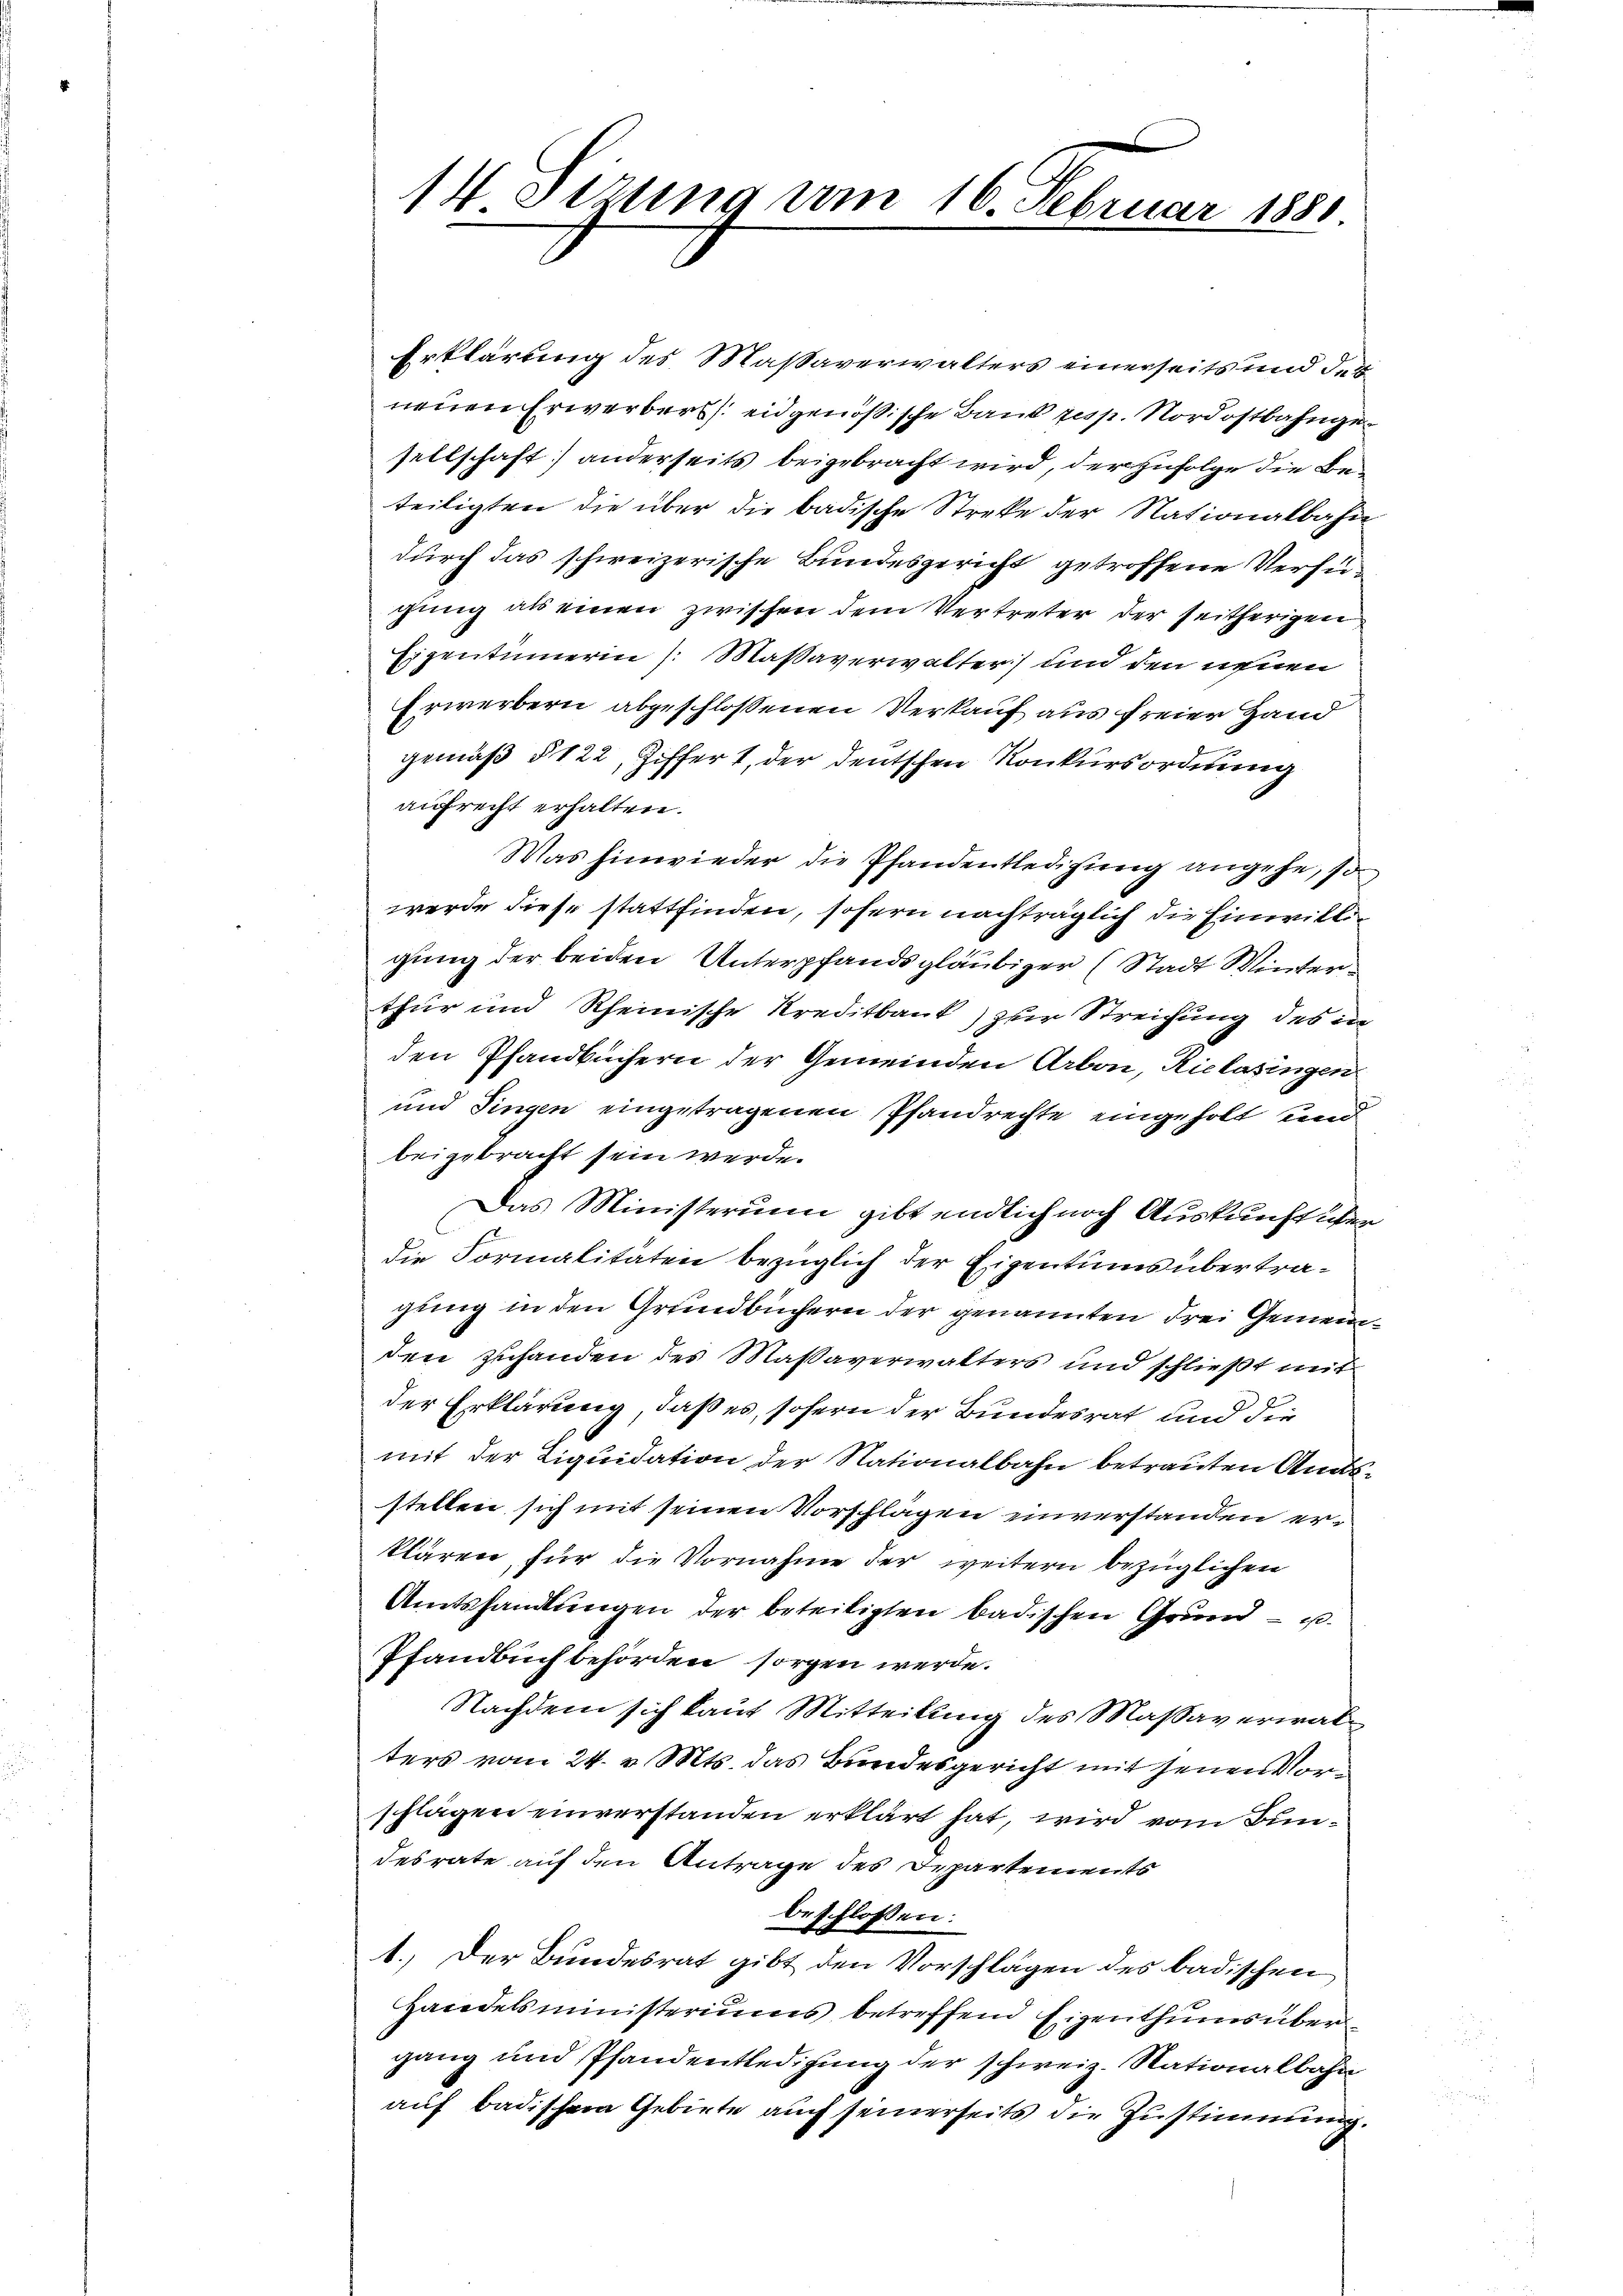
14 Sizung vom 16. Februar 1881.

Erklärung des Massaverwalters einerseits und des
neuen Erwerbers eidgenößische Band resp. Nordostbahngesellschaft) anderseits beigebracht wird, der zufolge die Beteiligten die über die badische Streke der Nationalbahn
durch das schweizerische Bundesgericht getroffene Verfügung als einen zwischen dem Vertreter der seitherigen
Eigentümerin /: Maßaverwalter) und den nenen
Erwerbern abgeschlossenen Verkauf aus freier Hand
gemäß § 122, Ziffert, der deutschen Konkursordnung
aufrecht erhalten.
Was hinwieder die Pfandentledigung angehe, so
werde diese stattfinden, sofern nachträglich die Einwilligung der beiden Unterpfandsgläubiger (Stadt Winterthur und Rheinische Kreditbank zur Streichung des in
den Pfandbüchern der Gemeinden Arbon, Rielasingen
und Singen eingetragenen Pfandrechte eingeholt und
beigebracht sein werde.
Das Ministerium gibt endlich noch Auskunft über
die Formalitäten bezüglich der Eigentums übertragung in den Grundbüchern der genannten drei Gemeinden zuhanden des Massaverwalters und schließt mit
der Erklärung, daß es, sofern der Bundesrat und die
mit der Liquidation der Nationalbahn betrauten Amtsstellen sich mit seinen Vorschlägen einverstanden erklären, für die Vornahme der weitern bezüglichen
Amtshandlungen der beteiligten badischen Grund - u.
Pfandbuch behörden sorgen werde.
Nachdem sich kauf Mitteilung des Maßaverwalters vom 24. v. Mts. das Bundesgericht mit jenen Vorschlagen einverstanden erklärt hat, wird vom Bundesrate auf den Antrage des Departements
beschlossen:
1. Der Bundesrat gibt den Vorschlägen des badischen
Handelsministeriums betreffend Eigenthums über
gang und Pfandentledigung der schweiz. Nationalbahn
auf badischem Gebiete auch seinerseits die Zustimmung.